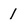
Character: 1